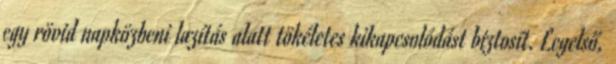
egy rövid napközbeni lazítás alatt tökéletes kikapcsolódást biztosít. Legelső,